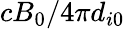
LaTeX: cB_{0}/4\pi d_{i0}